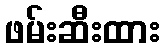
ဖမ်းဆီးထား